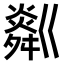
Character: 𤏞